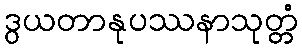
ဒွယတာနုပဿနာသုတ္တံ